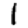
Digit: 1